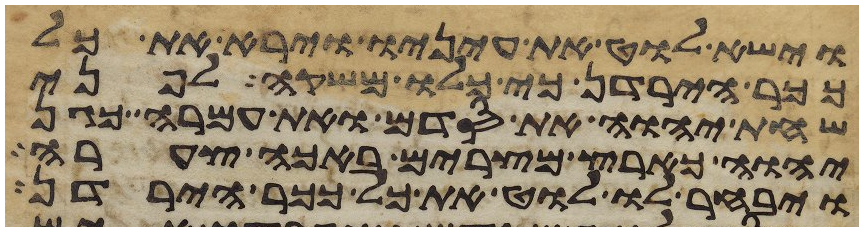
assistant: וישא לוט את עיניו וירא את כל
ככר הירדן כי כלו משקה לפני
שחת יהוה את סדם ואת עמרה כגן
יהוה כארץ מצרים באכה צערה
ויבחר לו לוט את כל ככר הירדן